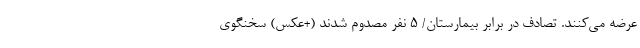
عرضه می‌کنند. تصادف در برابر بیمارستان/ ۵ نفر مصدوم شدند (+عکس) سخنگوی